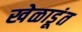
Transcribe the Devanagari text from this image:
खेळाडूंत